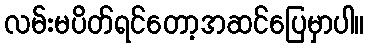
လမ်းမပိတ်ရင်တော့အဆင်ပြေမှာပါ။